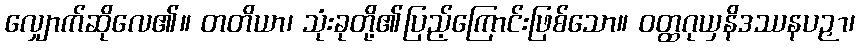
လျှောက်ဆိုလေ၏။ တတိယာ၊ သုံးခုတို့၏ပြည့်ကြောင်းဖြစ်သော။ ဝတ္ထဂုယှနိဒဿနပဉှာ၊